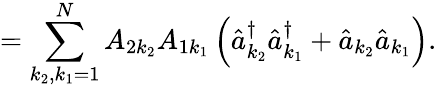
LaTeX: =\sum_{k_{2},k_{1}=1}^{N}A_{2k_{2}}A_{1k_{1}}\left(\hat{a}_{k_{2}}^{\dagger}\hat{a}_{k_{1}}^{\dagger}+\hat{a}_{k_{2}}\hat{a}_{k_{1}}\right).